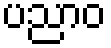
ပညာဝ